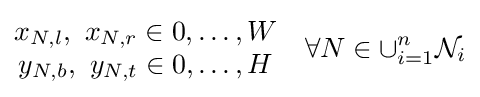
{\begin{matrix}x_{N,l},\ x_{N,r}\in {0,\ldots ,W}\\y_{N,b},\ y_{N,t}\in {0,\ldots ,H}\end{matrix}}\quad \forall N\in \cup _{i=1}^{n}{\mathcal {N}}_{i}